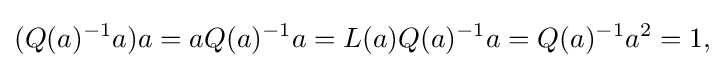
\displaystyle {(Q(a)^{-1}a)a=aQ(a)^{-1}a=L(a)Q(a)^{-1}a=Q(a)^{-1}a^{2}=1,}